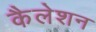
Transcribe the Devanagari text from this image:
कैलेशन